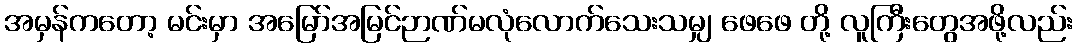
အမှန်ကတော့ မင်းမှာ အမြော်အမြင်ဉာဏ်မလုံလောက်သေးသမျှ ဖေဖေ တို့ လူကြီးတွေအဖို့လည်း